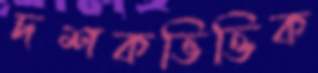
দশকভিত্তিক